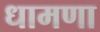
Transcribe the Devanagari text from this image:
धामणा